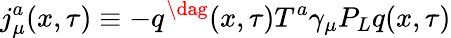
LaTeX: j_{\mu}^{a}(x,\tau)\equiv-q^{\dag}(x,\tau)T^{a}{\gamma}_{\mu}P_{L}q(x,\tau)